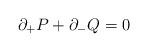
LaTeX: \begin{align*}\partial_{+}P+\partial_{-}Q=0\end{align*}